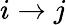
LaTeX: i\rightarrow j